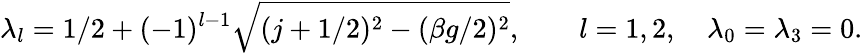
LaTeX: \lambda_{l}=1/2+(-1)^{l-1}\sqrt{(j+1/2)^{2}-(\beta g/2)^{2}},\qquad l=1,2,\quad\lambda_{0}=\lambda_{3}=0.